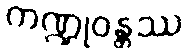
ကဏ္ဍုဝန္တဿ